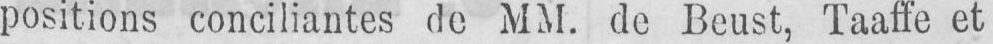
positions conciliantes de MM. de Beust, Taaffe et